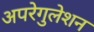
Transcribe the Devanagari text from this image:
अपरेगुलेशन